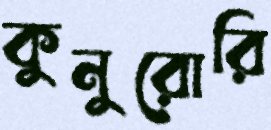
কুনুরোরি